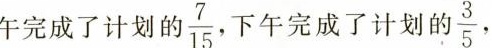
午完成了计划的 \frac{7}{15}.下午完成了计划的35 \frac{3}{5}，